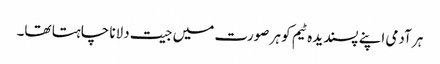
ہر آدمی اپنے پسندیدہ ٹیم کو ہر صورت میں جیت دلانا چاہتا تھا۔